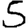
Digit: 5